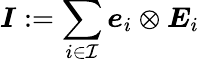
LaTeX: \boldsymbol{I}:=\sum_{i\in\mathcal{I}}\boldsymbol{e}_{i}\otimes\boldsymbol{E}_{i}